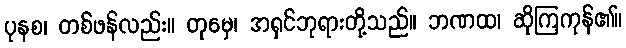
ပုနစ၊ တစ်ဖန်လည်း။ တုမှေ၊ အရှင်ဘုရားတို့သည်။ ဘဏထ၊ ဆိုကြကုန်၏။